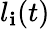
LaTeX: l_{\mathbf{i}}(t)